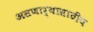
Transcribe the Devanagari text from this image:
असणार्‍यासाठीच